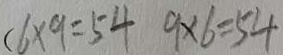
( 6 \times 9 = 5 4 9 \times 6 = 5 4